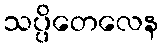
သပ္ပိတေလေန